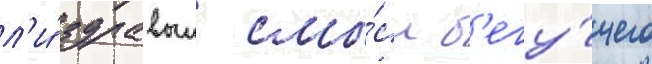
л'и́ здравыи смы́сл б'егу́щего